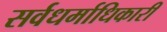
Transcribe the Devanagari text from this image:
सर्वधर्माधिकारी